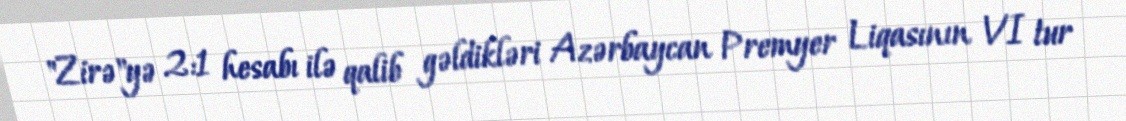
"Zirə"yə 2:1 hesabı ilə qalib gəldikləri Azərbaycan Premyer Liqasının VI tur